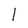
Character: l